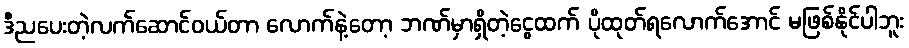
ဒီညပေးတဲ့လက်ဆောင်ဝယ်တာ လောက်နဲ့တော့ ဘဏ်မှာရှိတဲ့ငွေထက် ပိုထုတ်ရလောက်အောင် မဖြစ်နိုင်ပါဘူး